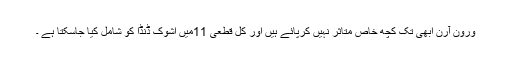
ورون آرن ابھی تک کچھ خاص متاثر نہیں کرپائے ہیں اور کل قطعی 11میں اشوک ڈنڈا کو شامل کیا جاسکتا ہے ۔